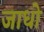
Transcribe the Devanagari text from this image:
जाधो